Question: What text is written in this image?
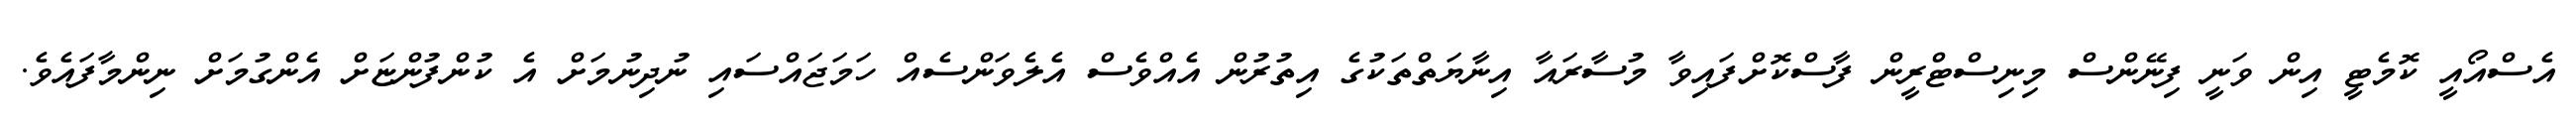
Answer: އެސްއޯއީ ކޮމެޓީ އިން ވަނީ ފިނޭންސް މިނިސްޓްރީން ފާސްކޮށްފައިވާ މުސާރައާ އިނާޔަތްތަކުގެ އިތުރުން އެއްވެސް އެލެވަންސެއް ހަމަޖައްސައި ނުދިނުމަށް އެ ކުންފުންޏަށް އެންގުމަށް ނިންމާފައެވެ.